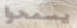
يسمحوا